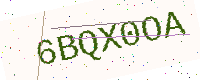
Text: 6BQX0OA